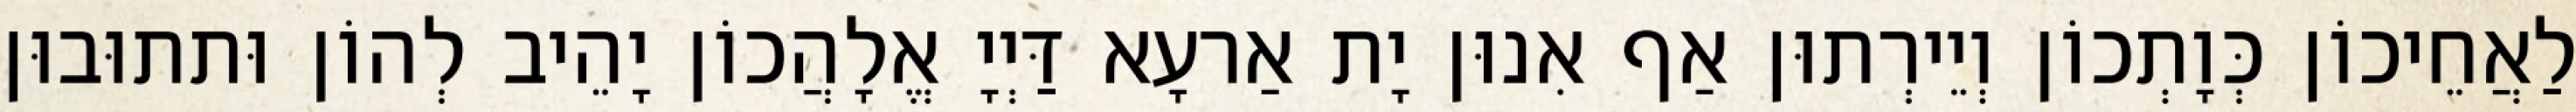
לַאֲחֵיכוֹן כְּוָתְכוֹן וְיֵירְתוּן אַף אִנוּן יָת אַרעָא דַּיְיָ אֱלָהֲכוֹן יָהֵיב לְהוֹן וּתתוּבוּן